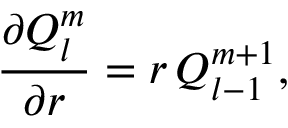
\frac { \partial Q _ { l } ^ { m } } { \partial r } = r \, Q _ { l - 1 } ^ { m + 1 } ,